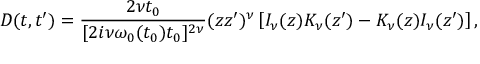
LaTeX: D ( t , t ^ { \prime } ) = \frac { 2 \nu t _ { 0 } } { [ 2 i \nu \omega _ { 0 } ( t _ { 0 } ) t _ { 0 } ] ^ { 2 \nu } } ( z z ^ { \prime } ) ^ { \nu } \left[ I _ { \nu } ( z ) K _ { \nu } ( z ^ { \prime } ) - K _ { \nu } ( z ) I _ { \nu } ( z ^ { \prime } ) \right] ,